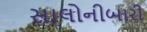
સાલોનીબારી